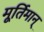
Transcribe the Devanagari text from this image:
मूर्तिमान्‌